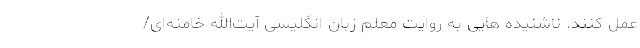
عمل کنند. ناشنیده هایی به روایت معلم زبان انگلیسی آیت‌الله خامنه‌ای/